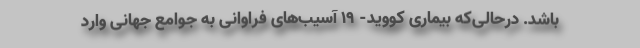
باشد. درحالی‌که بیماری کووید- ۱۹ آسیب‌های فراوانی به جوامع جهانی وارد